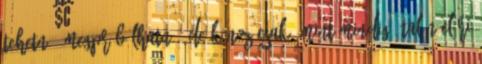
tehetné, megpróbálhatná, de kínoz csak, mint mindig. Talán eléri